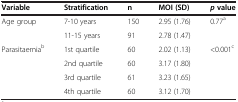
| Variable | Stratification | n | MOI (SD) | p value |
 | --- | --- | --- | --- | --- |
 | Age group | 7-10 years | 150 | 2.95 (1.76) | 0.77a |
 |  | 11-15 years | 91 | 2.78 (1.47) |  |
 | Parasitaemiab | 1st quartile | 60 | 2.02 (1.13) | <0.001c |
 |  | 2nd quartile | 60 | 3.17 (1.80) |  |
 |  | 3rd quartile | 61 | 3.23 (1.65) |  |
 |  | 4th quartile | 60 | 3.12 (1.70) |  |